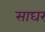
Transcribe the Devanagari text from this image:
साघर